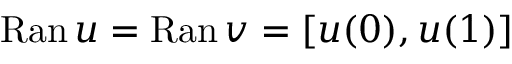
\mathrm { R a n } \, u = \mathrm { R a n } \, v = [ u ( 0 ) , u ( 1 ) ]